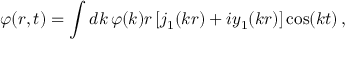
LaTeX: \varphi ( r , t ) = \int d k \, \varphi ( k ) r \left[ j _ { 1 } ( k r ) + i y _ { 1 } ( k r ) \right] \cos ( k t ) \, ,